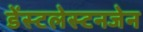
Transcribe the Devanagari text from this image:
डेंस्टलेस्टनजेन